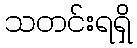
သတင်းရရှိ